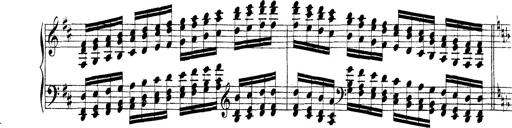
Title: Technische Studien
Composer: Franz Liszt